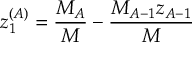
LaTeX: z _ { 1 } ^ { ( A ) } = \frac { M _ { A } } { M } - \frac { M _ { A - 1 } z _ { A - 1 } } { M }